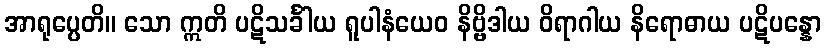
အာရုပ္ပေတိ။ သော ဣတိ ပဋိသင်္ခါယ ရူပါနံယေဝ နိဗ္ဗိဒါယ ဝိရာဂါယ နိရောဓာယ ပဋိပန္နော